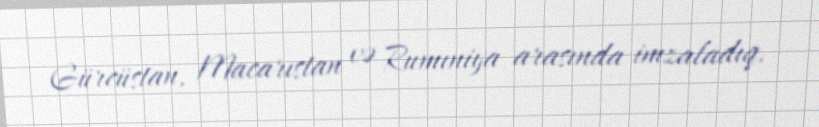
Gürcüstan, Macarıstan və Rumıniya arasında imzaladıq.